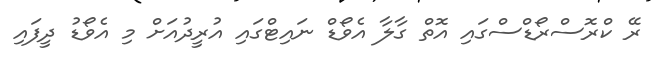
ރޭ ކްރޮސްރޯޑްސްގައި އޮތް ގާލާ އެވޯޑް ނައިޓްގައި އުރީދުއަށް މި އެވޯޑު ދީފައި